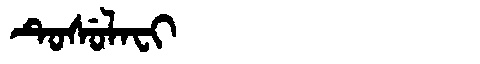
Manchu: ᡨᡠᠰᡠᠯᠠᠸᡳ
Romanization: TUSULAFI